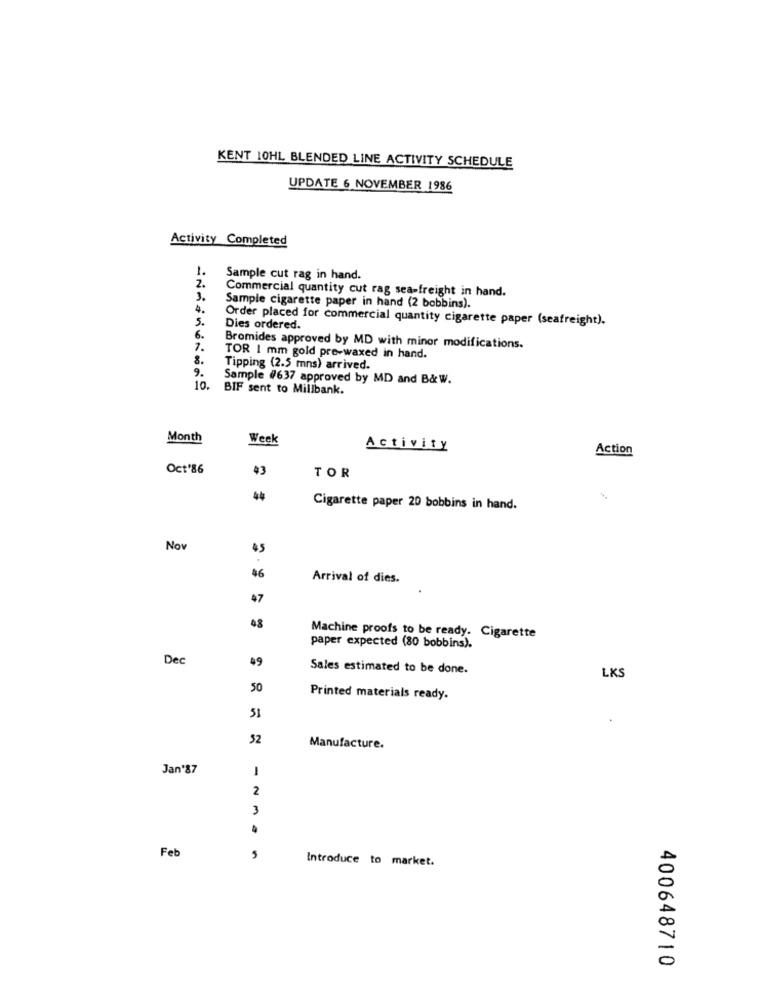
KENT 10HL BLENDED LINE ACTIVITY SCHEDULE
UPDATE 6 NOVEMBER 1986
Activity Completed
1.
Sample cut rag in hand.
2.
Commercial quantity cut rag sea-freight in hand.
3.
4.
Sample cigarette paper in hand (2 bobbins).
Order placed for commercial quantity cigarette paper (seafreight).
5.
Dies ordered.
6 .
1.
Bromides approved by MD with minor modifications.
8.
TOR 1 mm gold pre-waxed in hand.
9.
Tipping (2.5 mns) arrived.
Sample #637 approved by MD and B& W.
10.
BIF sent to Millbank.
Month
Week
Activity
Action
Oct'86
43
TOR
44
Cigarette paper 20 bobbins in hand.
Nov
45
$6
Arrival of dies.
47
48
Machine proofs to be ready. Cigarette
paper expected (80 bobbins).
Dec
49
Sales estimated to be done.
LKS
50
Printed materials ready.
51
52
Manufacture.
Jan'87
1
2
3
4
Feb
5
Introduce to market.
400648710